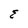
Character: E